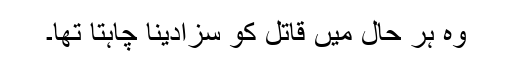
وہ ہر حال میں قاتل کو سزادینا چاہتا تھا۔